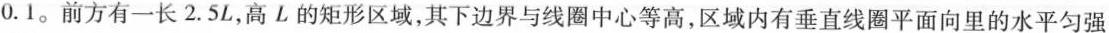
0.1。前方有一长2.5L，高L的矩形区域，其下边界与线圈中心等高，区域内有垂直线圈平面向里的水平匀强